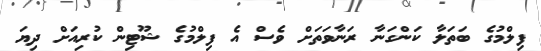
ފިލްމުގެ ބަތަލާ ކަންގަނާ ރަނާވަތަށް ވެސް އެ ފިލްމުގެ ޝޫޓިން ކުރިއަށް ދިޔަ